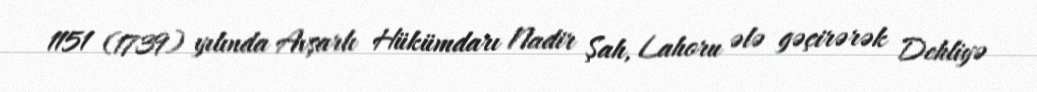
1151 (1739) yılında Avşarlı Hükümdarı Nadir Şah, Lahoru ələ gəçirərək Dehliyə